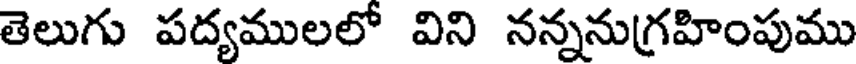
తెలుగు పద్యములలో విని నన్ననుగ్రహింపుము